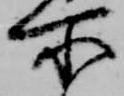
所